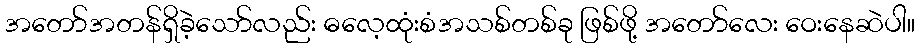
အတော်အတန်ရှိခဲ့သော်လည်း ဓလေ့ထုံးစံအသစ်တစ်ခု ဖြစ်ဖို့ အတော်လေး ဝေးနေဆဲပါ။